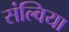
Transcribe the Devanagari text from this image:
संल्विया